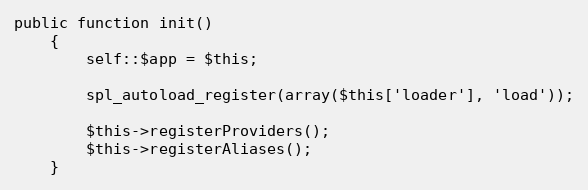
Language: PHP
public function init()
	{
		self::$app = $this;

		spl_autoload_register(array($this['loader'], 'load'));

		$this->registerProviders();
		$this->registerAliases();
	}